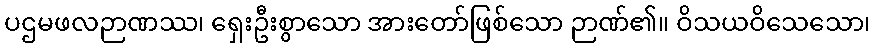
ပဌမဖလဉာဏဿ၊ ရှေးဦးစွာသော အားတော်ဖြစ်သော ဉာဏ်၏။ ဝိသယဝိသေသော၊